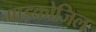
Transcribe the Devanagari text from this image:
माइक्रोजिल